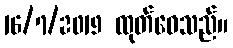
16/7/2019 ထုတ်ဝေသည်။